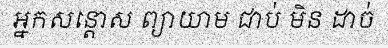
អ្នកសន្តោស ព្យាយាម ជាប់ មិន ដាច់